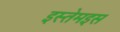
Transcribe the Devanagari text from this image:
इस्तेमइस